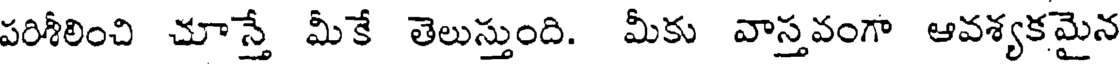
పరిశీలించి చూస్తే మీకే తెలుస్తుంది. మీకు వాస్తవంగా ఆవశ్యకమైన